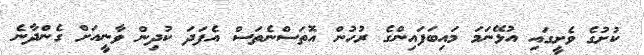
ކުށުގެ ވެށީގައި އުޅޭނަމަ މައިބަފައިންގެ ރުހުން އޮތަސްނެތަސް އެފަދަ ކުދިން ވާނީއަށް ގެންދާނެ